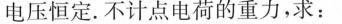
电压恒定。不计点电荷的重力，求：